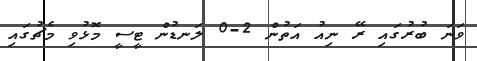
ވަނަ ބުރުގައި ރޭ ނިއު އަތުން 2-0 ލަނޑުން ޓީސީ މޮޅުވި މެޗުގައި